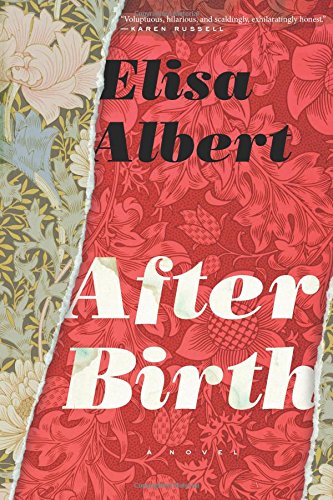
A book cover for After Birth; Elisa Albert; Literature & Fiction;